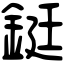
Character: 鋌